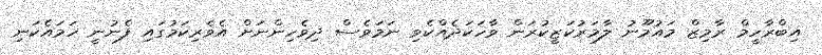
އިބްރާހީމް ރާމިޒް މައުމޫނު ލާމަރުކަޒީކުރަން ވާހަކަދެއްކެވި ނަމަވެސް ދިވެހިންނަށް އެވެރިކަމުގައި ފެނުނީ ހަމައެކަނި